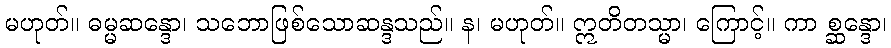
မဟုတ်။ ဓမ္မဆန္ဒော၊ သဘောဖြစ်သောဆန္ဒသည်။ န၊ မဟုတ်။ ဣတိတသ္မာ၊ ကြောင့်။ ကာ စ္ဆန္ဒော၊